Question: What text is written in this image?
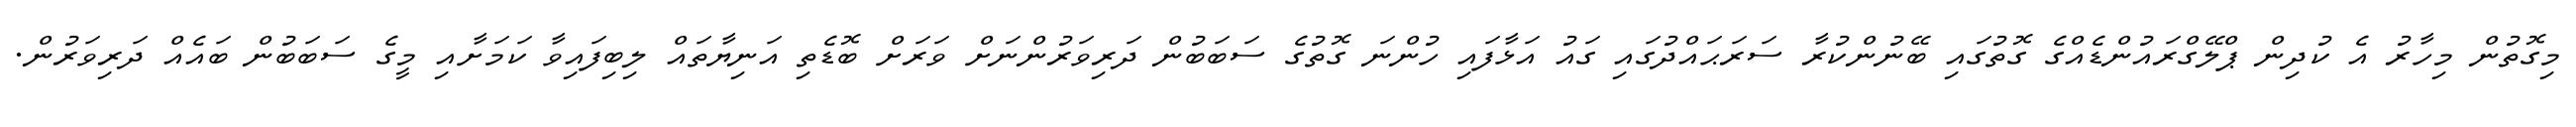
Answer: މިގޮތުން މިހާރު އެ ކުދިން ޕްލޭގްރައުންޑެއްގެ ގޮތުގައި ބޭނުންކުރާ ސަރަޙައްދުގައި ގައު އަޅާފައި ހުންނަ ގޮތުގެ ސަބަބުން ދަރިވަރުންނަށް ވަރަށް ބޮޑެތި އަނިޔާތައް ލިބިފައިވާ ކަމަށާއި މީގެ ސަބަބުން ބައެއް ދަރިވަރުން.